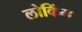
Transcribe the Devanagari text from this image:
लोकिंग